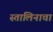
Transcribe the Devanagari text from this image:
स्तालिनाचा